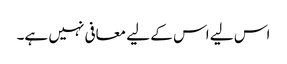
اس لیے اس کے لیے معافی نہیں ہے۔